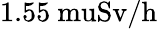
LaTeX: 1.55\mathrm{{\ mu}Sv/h}